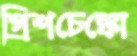
গ্রিশচেঙ্কো